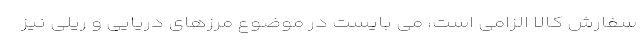
سفارش کالا الزامی است، می بایست در موضوع مرزهای دریایی و ریلی نیز